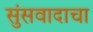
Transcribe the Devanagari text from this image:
सुंसवादाचा